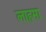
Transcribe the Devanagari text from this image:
लाहमा